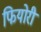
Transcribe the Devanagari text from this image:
फियोरी